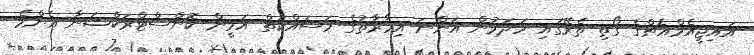
އައިޖީއެމްއެޗްގެ ގޯތި ތެރޭގައި ހަދަމުން އަންނަ އިމާރާތުގެ މަސައްކަތް އަމީން ކޮންސްޓްރަކްޝަނާ އެންމެ